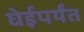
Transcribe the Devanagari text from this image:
घेईपर्यंत